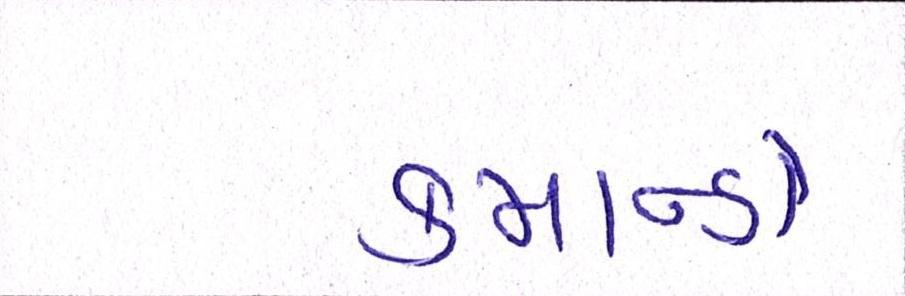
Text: કમાન્ડો